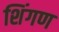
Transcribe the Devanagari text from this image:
शिंगण